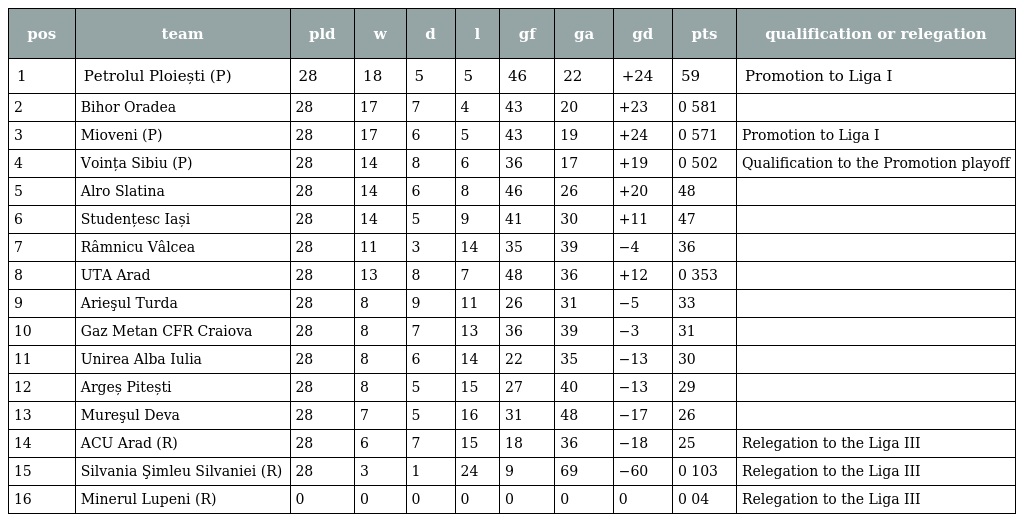
| pos | team | pld | w | d | l | gf | ga | gd | pts | qualification or relegation |
 | --- | --- | --- | --- | --- | --- | --- | --- | --- | --- | --- |
 | 1 | Petrolul Ploiești (P) | 28 | 18 | 5 | 5 | 46 | 22 | +24 | 59 | Promotion to Liga I |
 | 2 | Bihor Oradea | 28 | 17 | 7 | 4 | 43 | 20 | +23 | 0 581 |  |
 | 3 | Mioveni (P) | 28 | 17 | 6 | 5 | 43 | 19 | +24 | 0 571 | Promotion to Liga I |
 | 4 | Voința Sibiu (P) | 28 | 14 | 8 | 6 | 36 | 17 | +19 | 0 502 | Qualification to the Promotion playoff |
 | 5 | Alro Slatina | 28 | 14 | 6 | 8 | 46 | 26 | +20 | 48 |  |
 | 6 | Studențesc Iași | 28 | 14 | 5 | 9 | 41 | 30 | +11 | 47 |  |
 | 7 | Râmnicu Vâlcea | 28 | 11 | 3 | 14 | 35 | 39 | −4 | 36 |  |
 | 8 | UTA Arad | 28 | 13 | 8 | 7 | 48 | 36 | +12 | 0 353 |  |
 | 9 | Arieşul Turda | 28 | 8 | 9 | 11 | 26 | 31 | −5 | 33 |  |
 | 10 | Gaz Metan CFR Craiova | 28 | 8 | 7 | 13 | 36 | 39 | −3 | 31 |  |
 | 11 | Unirea Alba Iulia | 28 | 8 | 6 | 14 | 22 | 35 | −13 | 30 |  |
 | 12 | Argeș Pitești | 28 | 8 | 5 | 15 | 27 | 40 | −13 | 29 |  |
 | 13 | Mureşul Deva | 28 | 7 | 5 | 16 | 31 | 48 | −17 | 26 |  |
 | 14 | ACU Arad (R) | 28 | 6 | 7 | 15 | 18 | 36 | −18 | 25 | Relegation to the Liga III |
 | 15 | Silvania Şimleu Silvaniei (R) | 28 | 3 | 1 | 24 | 9 | 69 | −60 | 0 103 | Relegation to the Liga III |
 | 16 | Minerul Lupeni (R) | 0 | 0 | 0 | 0 | 0 | 0 | 0 | 0 04 | Relegation to the Liga III |